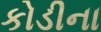
કોડીના